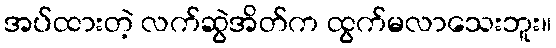
အပ်ထားတဲ့ လက်ဆွဲအိတ်က ထွက်မလာသေးဘူး။